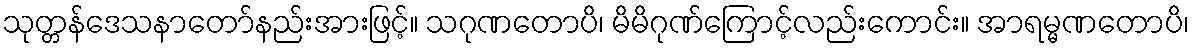
သုတ္တန်ဒေသနာတော်နည်းအားဖြင့်။ သဂုဏတောပိ၊ မိမိဂုဏ်ကြောင့်လည်းကောင်း။ အာရမ္မဏတောပိ၊